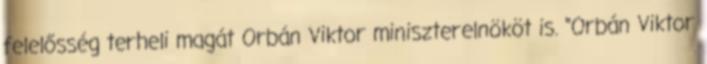
felelősség terheli magát Orbán Viktor miniszterelnököt is. "Orbán Viktor